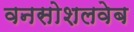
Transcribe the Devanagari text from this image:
वनसोशलवेब